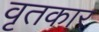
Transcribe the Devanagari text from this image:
वृतकार